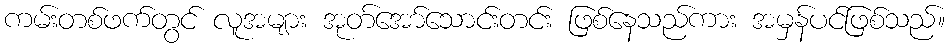
ကမ်းတစ်ဖက်တွင် လူအများ အုတ်အော်သောင်းတင်း ဖြစ်နေသည်ကား အမှန်ပင်ဖြစ်သည်။